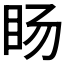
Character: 𱲥